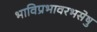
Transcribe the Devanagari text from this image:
भाविप्रभावरभसेषु